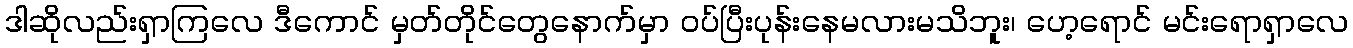
ဒါဆိုလည်းရှာကြလေ ဒီကောင် မှတ်တိုင်တွေနောက်မှာ ဝပ်ပြီးပုန်းနေမလားမသိဘူး၊ ဟေ့ရောင် မင်းရောရှာလေ